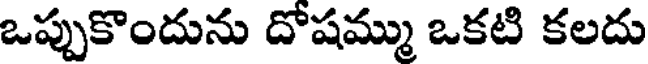
ఒప్పుకొందును దోషమ్ము ఒకటి కలదు